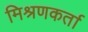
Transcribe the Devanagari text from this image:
मिश्रणकर्ता